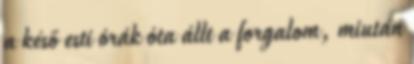
a késő esti órák óta állt a forgalom, miután